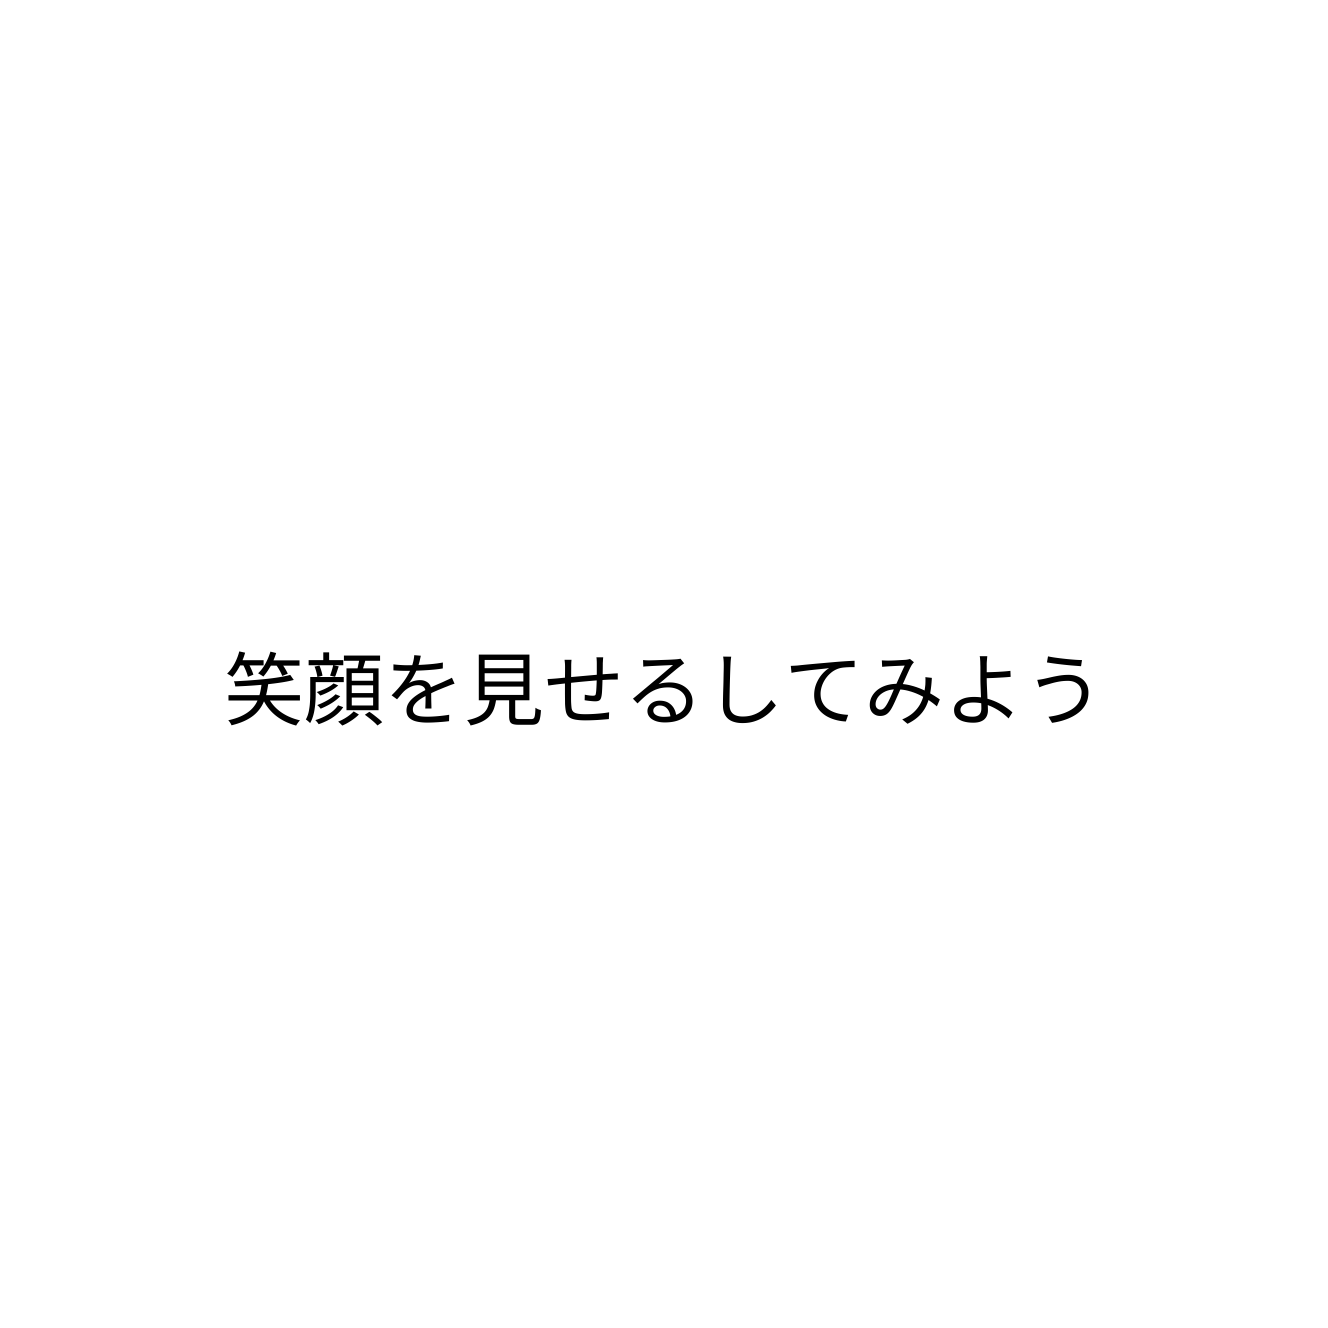
笑顔を見せるしてみよう